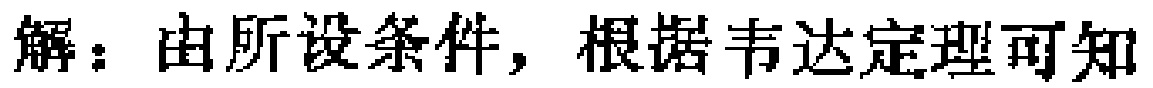
解：由所设条件，根据韦达定理可知